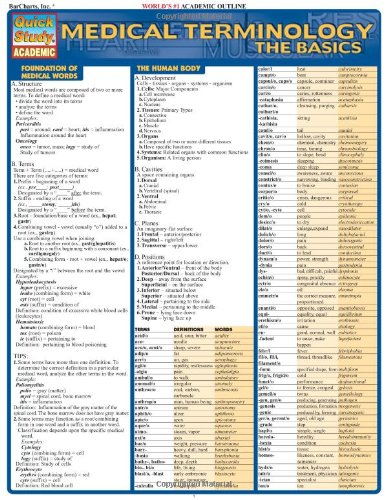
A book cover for Medical Terminology:The Basics (Quickstudy: Academic); Inc. BarCharts; Medical Books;